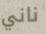
ناني